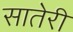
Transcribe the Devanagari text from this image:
सातेरी